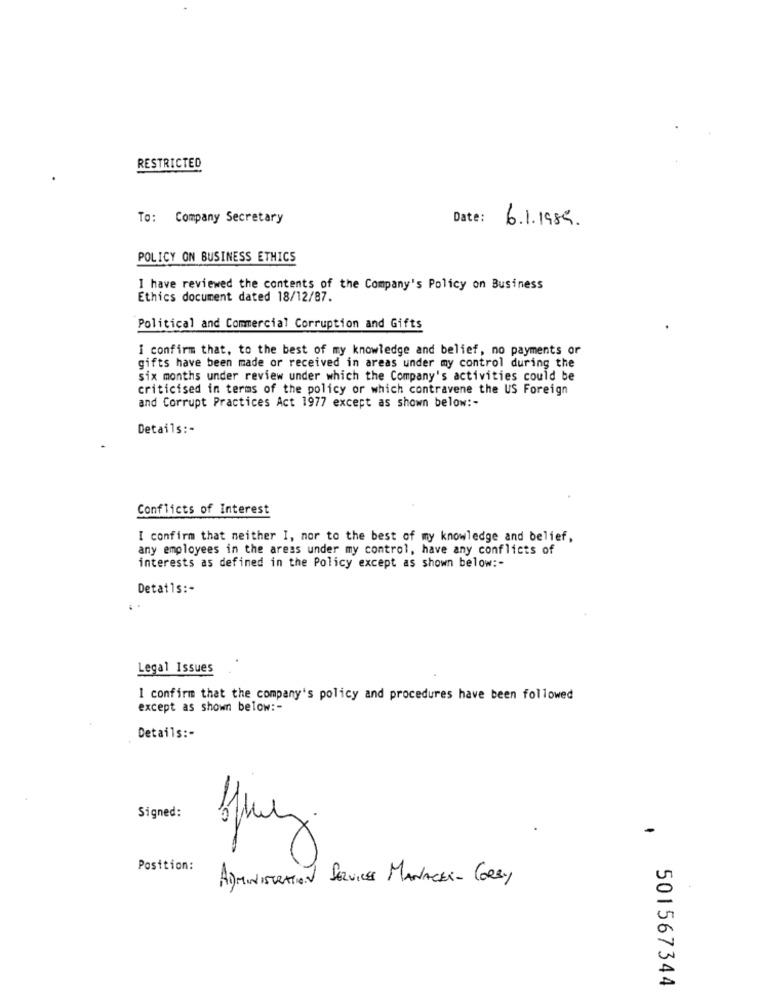
RESTRICTED
To: Company Secretary
Date:
6.1.1985.
POLICY ON BUSINESS ETHICS
I have reviewed the contents of the Company's Policy on Business
Ethics document dated 18/12/87.
Political and Commercial Corruption and Gifts
I confirm that, to the best of my knowledge and belief, no payments or
gifts have been made or received in areas under my control during the
six months under review under which the Company's activities could be
criticised in terms of the policy or which contravene the US Foreign
and Corrupt Practices Act 1977 except as shown below :-
Details :-
Conflicts of Interest
I confirm that neither I, mor to the best of my knowledge and belief,
any employees in the areas under my control, have any conflicts of
interests as defined in the Policy except as shown below :-
Detatis :-
Legal Issues
I confirm that the company's policy and procedures have been followed
except as shown below :-
Details :-
Signed:
-
Position:
ADMINISTRATION
SERVICES MANAGER- CORBY
501567344